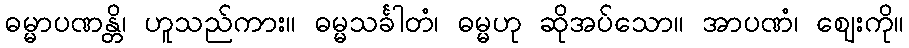
ဓမ္မာပဏန္တိ၊ ဟူသည်ကား။ ဓမ္မသင်္ခါတံ၊ ဓမ္မဟု ဆိုအပ်သော။ အာပဏံ၊ ဈေးကို။